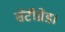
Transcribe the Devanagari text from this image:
सेंटीग्रेड।